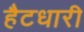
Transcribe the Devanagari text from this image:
हैटधारी